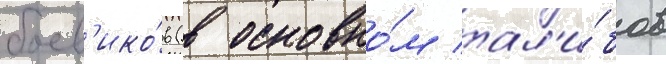
боев'ико́в (в основно́м тал'и́бов